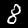
Label: 8